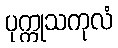
ပုက္ကုသကုလံ